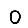
Digit: 0